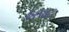
ખપાટ